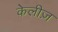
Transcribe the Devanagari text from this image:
केलीज़